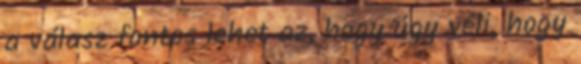
a válasz fontos lehet az, hogy úgy véli, hogy